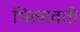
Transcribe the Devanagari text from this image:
भिलावती